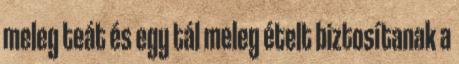
meleg teát és egy tál meleg ételt biztosítanak a